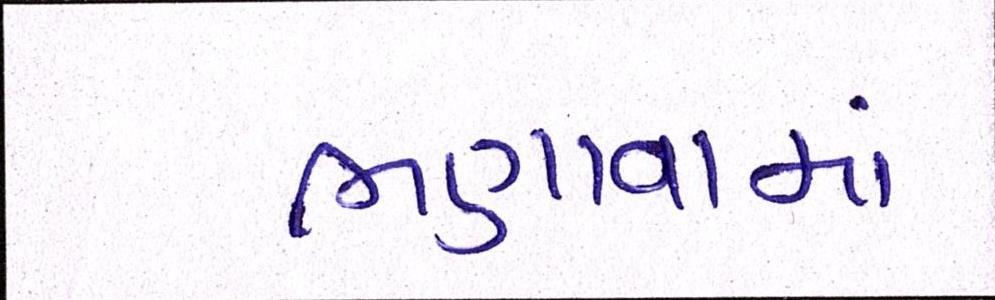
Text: ભણાવામાં